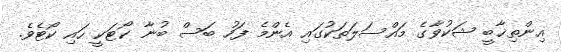
އިންތިޚާބީ ޝަކުވާގެ މައްސަލަތަކުގައި އެންމެ ފަހު ބަސް ބުނާ ކޯޓަކީ ހައި ކޯޓެވެ.